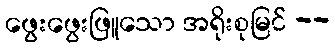
ဖွေးဖွေးဖြူသော အရိုးစုမြင် --